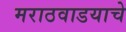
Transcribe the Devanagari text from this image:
मराठवाडयाचे